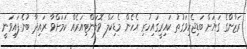
ރަޒާންގެ ގަޔަށް ބަޑިޖެހިވަގުތު ކައިރީގައިހުރި އެހެން މެޑިކަލް ވޮލަންޓިއަރެއް ކަމަށްވާ ރައިދާ ބުނެފައިވަނީ